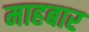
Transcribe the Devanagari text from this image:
माहबार